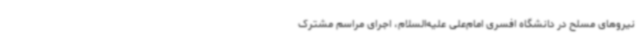
نیروهای مسلح در دانشگاه افسری امام‌علی علیه‌السلام، اجرای مراسم مشترک